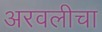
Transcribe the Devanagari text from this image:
अरवलीचा